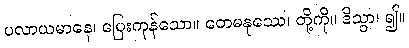
ပလာယမာနေ၊ ပြေးကုန်သော။ တေမနုဿေ၊ တို့ကို။ ဒိသွာ၊ ၍။